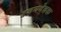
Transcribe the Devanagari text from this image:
हृदयवेदक